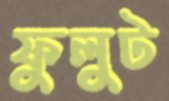
ফুলুট